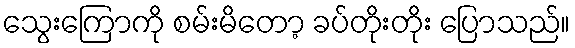
သွေးကြောကို စမ်းမိတော့ ခပ်တိုးတိုး ပြောသည်။